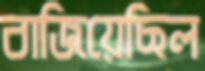
বাজিয়েছিল